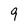
Character: 9